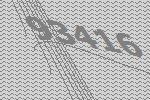
93416